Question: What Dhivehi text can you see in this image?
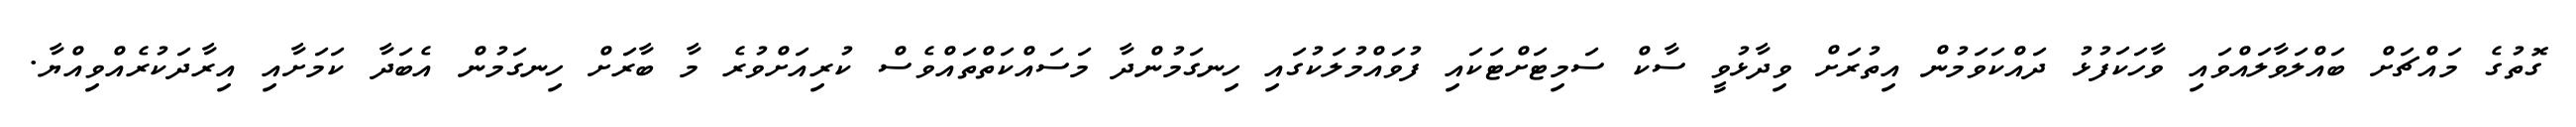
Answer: ގޮތުގެ މައްޗަށް ބައްލަވާލައްވައި ވާހަކަފުޅު ދައްކަވަމުން އިތުރަށް ވިދާޅުވީ ސާކް ސަމިޓަށްޓަކައި ފުވައްމުލަކުގައި ހިނގަމުންދާ މަސައްކަތްތައްވެސް ކުރިއަށްވުރެ މާ ބާރަށް ހިނގަމުން އެބަދާ ކަމަށާއި އިރާދަކުރެއްވިއްޔާ.